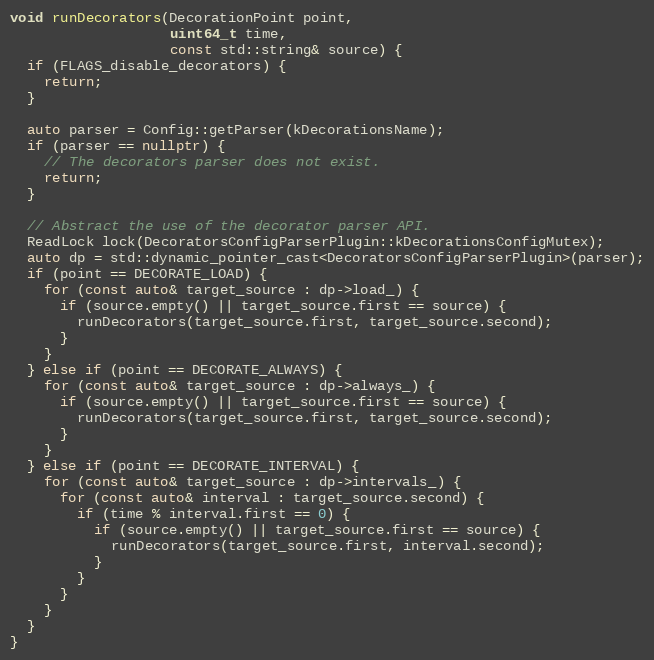
Language: C++
void runDecorators(DecorationPoint point,
                   uint64_t time,
                   const std::string& source) {
  if (FLAGS_disable_decorators) {
    return;
  }

  auto parser = Config::getParser(kDecorationsName);
  if (parser == nullptr) {
    // The decorators parser does not exist.
    return;
  }

  // Abstract the use of the decorator parser API.
  ReadLock lock(DecoratorsConfigParserPlugin::kDecorationsConfigMutex);
  auto dp = std::dynamic_pointer_cast<DecoratorsConfigParserPlugin>(parser);
  if (point == DECORATE_LOAD) {
    for (const auto& target_source : dp->load_) {
      if (source.empty() || target_source.first == source) {
        runDecorators(target_source.first, target_source.second);
      }
    }
  } else if (point == DECORATE_ALWAYS) {
    for (const auto& target_source : dp->always_) {
      if (source.empty() || target_source.first == source) {
        runDecorators(target_source.first, target_source.second);
      }
    }
  } else if (point == DECORATE_INTERVAL) {
    for (const auto& target_source : dp->intervals_) {
      for (const auto& interval : target_source.second) {
        if (time % interval.first == 0) {
          if (source.empty() || target_source.first == source) {
            runDecorators(target_source.first, interval.second);
          }
        }
      }
    }
  }
}